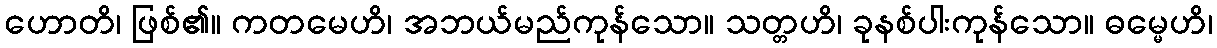
ဟောတိ၊ ဖြစ်၏။ ကတမေဟိ၊ အဘယ်မည်ကုန်သော။ သတ္တဟိ၊ ခုနစ်ပါးကုန်သော။ ဓမ္မေဟိ၊